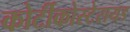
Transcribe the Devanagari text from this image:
कोर्टीकोस्टेरायड